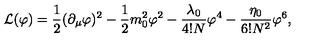
{ \cal L } ( \varphi ) = \frac { 1 } { 2 } ( \partial _ { \mu } \varphi ) ^ { 2 } - \frac { 1 } { 2 } m _ { 0 } ^ { 2 } \varphi ^ { 2 } - \frac { \lambda _ { 0 } } { 4 ! N } \varphi ^ { 4 } - \frac { \eta _ { 0 } } { 6 ! N ^ { 2 } } \varphi ^ { 6 } ,